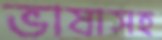
ভাষাসহ